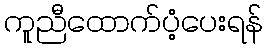
ကူညီထောက်ပံ့ပေးရန်